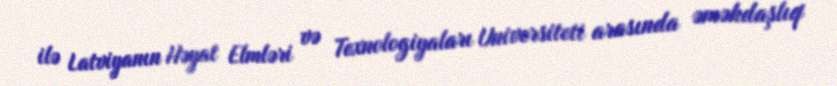
ilə Latviyanın Həyat Elmləri və Texnologiyaları Universiteti arasında əməkdaşlıq